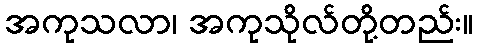
အကုသလာ၊ အကုသိုလ်တို့တည်း။